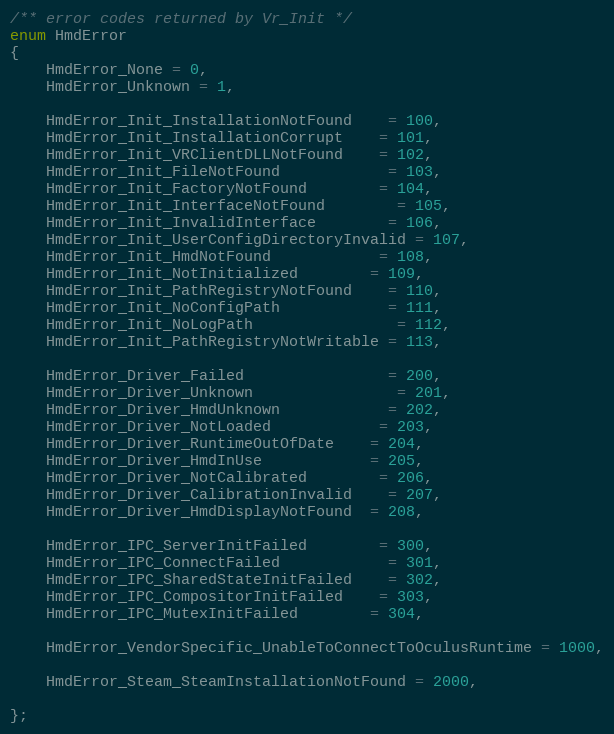
Language: C
/** error codes returned by Vr_Init */
enum HmdError
{
	HmdError_None = 0,
	HmdError_Unknown = 1,

	HmdError_Init_InstallationNotFound	= 100,
	HmdError_Init_InstallationCorrupt	= 101,
	HmdError_Init_VRClientDLLNotFound	= 102,
	HmdError_Init_FileNotFound			= 103,
	HmdError_Init_FactoryNotFound		= 104,
	HmdError_Init_InterfaceNotFound		= 105,
	HmdError_Init_InvalidInterface		= 106,
	HmdError_Init_UserConfigDirectoryInvalid = 107,
	HmdError_Init_HmdNotFound			= 108,
	HmdError_Init_NotInitialized		= 109,
	HmdError_Init_PathRegistryNotFound	= 110,
	HmdError_Init_NoConfigPath			= 111,
	HmdError_Init_NoLogPath				= 112,
	HmdError_Init_PathRegistryNotWritable = 113,

	HmdError_Driver_Failed				= 200,
	HmdError_Driver_Unknown				= 201,
	HmdError_Driver_HmdUnknown			= 202,
	HmdError_Driver_NotLoaded			= 203,
	HmdError_Driver_RuntimeOutOfDate	= 204,
	HmdError_Driver_HmdInUse			= 205,
	HmdError_Driver_NotCalibrated		= 206,
	HmdError_Driver_CalibrationInvalid	= 207,
	HmdError_Driver_HmdDisplayNotFound  = 208,

	HmdError_IPC_ServerInitFailed		= 300,
	HmdError_IPC_ConnectFailed			= 301,
	HmdError_IPC_SharedStateInitFailed	= 302,
	HmdError_IPC_CompositorInitFailed	= 303,
	HmdError_IPC_MutexInitFailed		= 304,

	HmdError_VendorSpecific_UnableToConnectToOculusRuntime = 1000,

	HmdError_Steam_SteamInstallationNotFound = 2000,

};